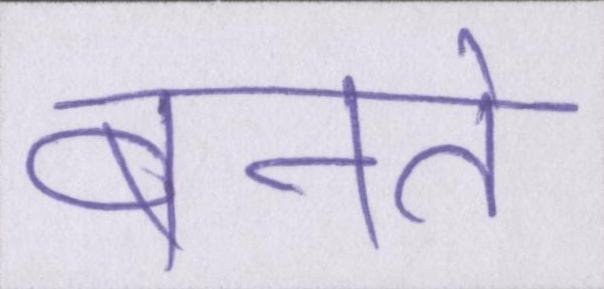
बनते